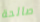
صالحة